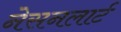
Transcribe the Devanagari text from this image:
नेसनलार्ट